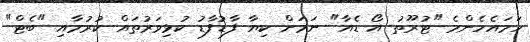
ހަމައެހެންމެ "ޓުރޫތު އޯ ޑެއާ" ނަމަށް ކިޔާ ފާޑުފާޑު ކުޅިވަރުތައް ކުރުމާއި "ބެޓް"